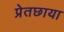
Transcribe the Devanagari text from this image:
प्रेतछाया